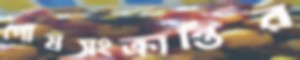
পৌষসংক্রান্তির